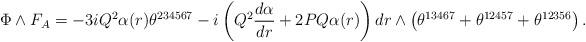
LaTeX: \begin{align*}\Phi\wedge F_{A}=-3iQ^{2}\alpha(r)\theta^{234567}-i\left(Q^{2}\frac{d\alpha}{dr}+2PQ\alpha(r)\right)dr\wedge\left(\theta^{13467}+\theta^{12457}+\theta^{12356}\right).\end{align*}